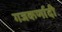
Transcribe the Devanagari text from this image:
गजकर्णादी